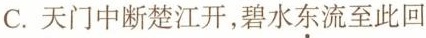
C.天门中断楚江开，碧水\underset{·}{东}流至此回